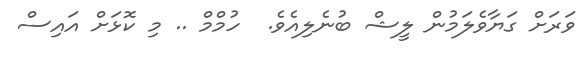
ވަރަށް ގަޔާވެލަމުން ލީޝް ބުނެލިއެވެ.  ހުމްމް .. މި ކޮޅަށް އައިސް